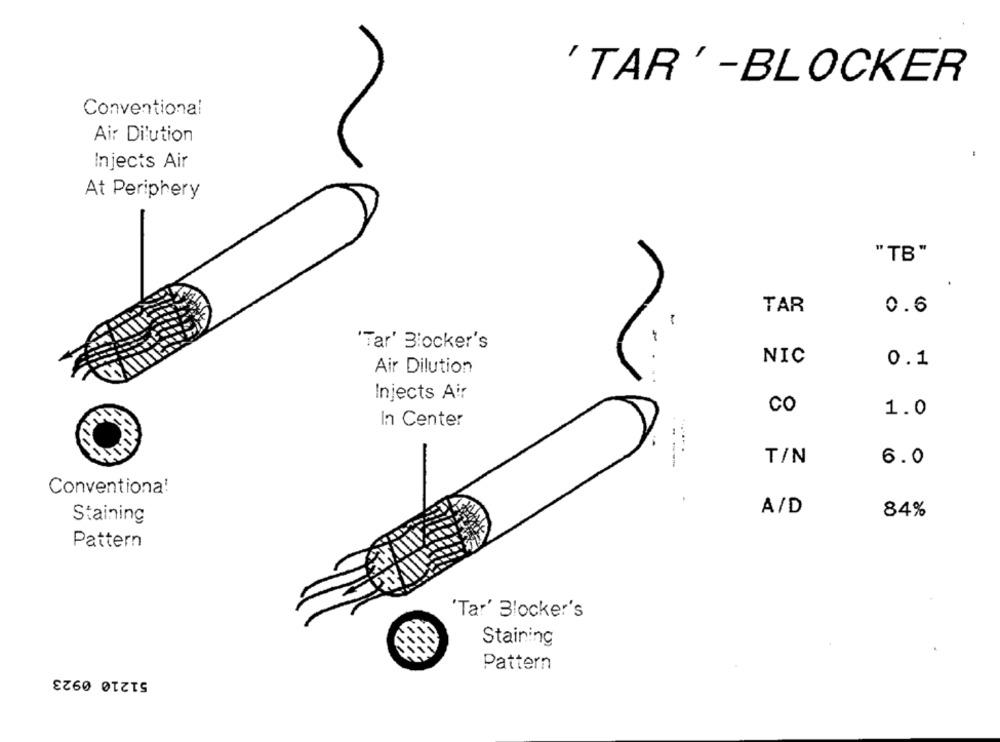
' TAR' -BLOCKER
Conventional
Air Dilution
Injects Air
At Periphery
"TB"
TAR
0.6
"Tar' Blocker's
.
NIC
0.1
Air Dilution
Injects Air
CO
1.0
In Center
T/N
6.0
Conventiona!
A/D
Staining
84%
Pattern
'Tar' Blocker's
Staining
Pattern
51210 0923